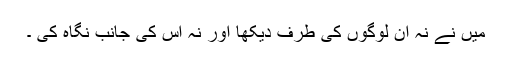
میں نے نہ ان لوگوں کی طرف دیکھا اور نہ اس کی جانب نگاہ کی ۔